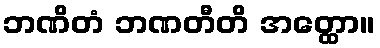
ဘဏိတံ ဘဏတီတိ အတ္ထော။